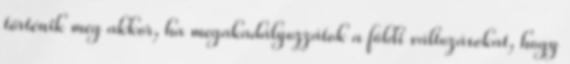
történik meg akkor, ha megakadályozzátok a földi változásokat, hogy